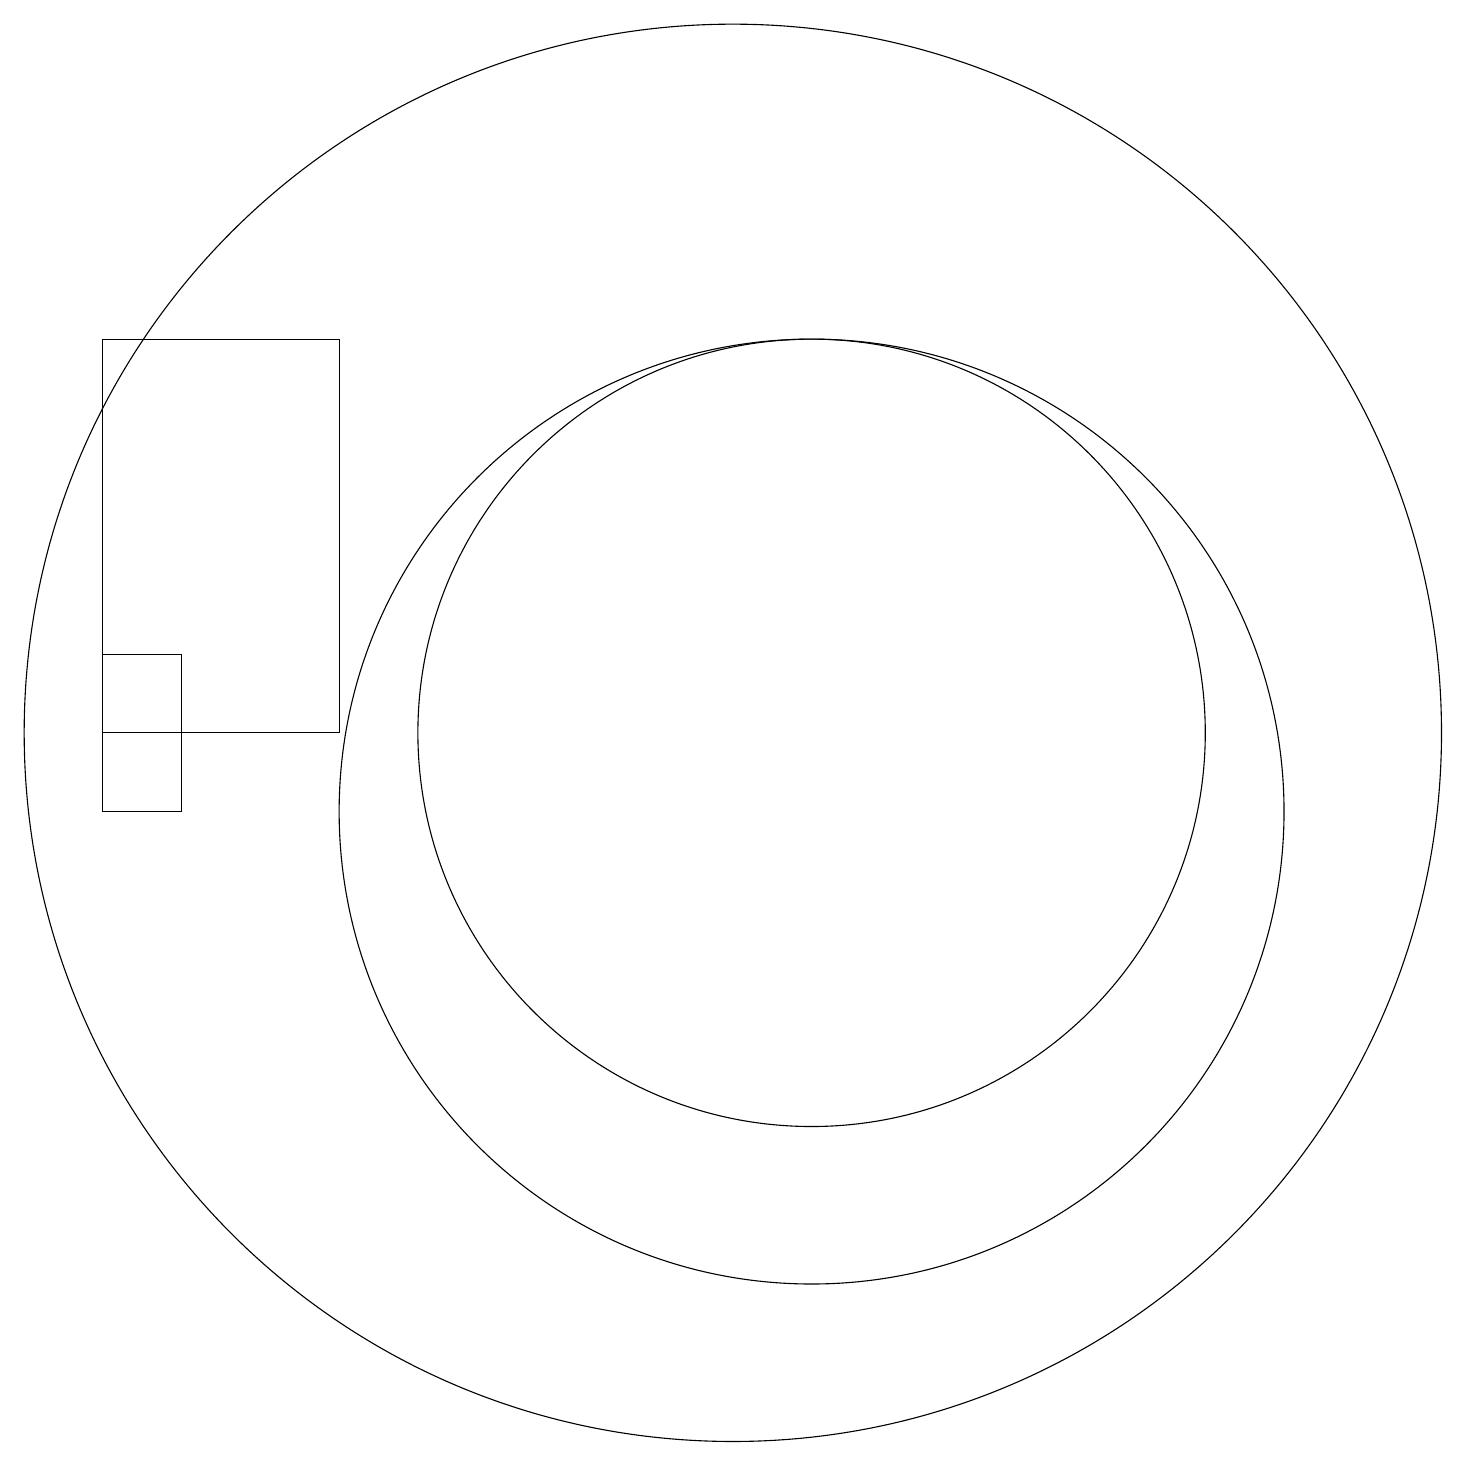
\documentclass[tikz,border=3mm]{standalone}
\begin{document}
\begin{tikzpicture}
\draw (11,11) circle (5);
\draw (10,11) circle (9);
\draw (2,16) rectangle (5,11);
\draw (11,10) circle (6);
\draw (2,10) rectangle (3,12);
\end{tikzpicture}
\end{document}